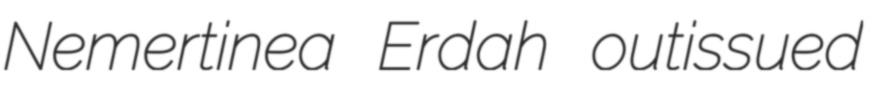
Nemertinea Erdah outissued